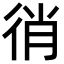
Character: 𢓮